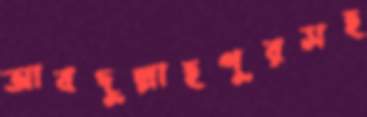
আবদুল্লাহপুরসহ